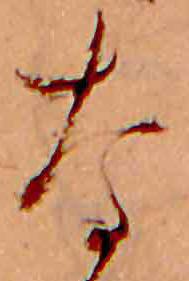
な